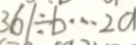
3 6 1 \div b \cdots 2 a